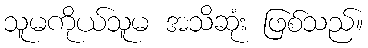
သူမကိုယ်သူမ အသိဆုံး ဖြစ်သည်။